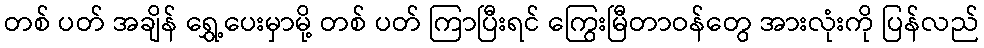
တစ် ပတ် အချိန် ရွှေ့ပေးမှာမို့ တစ် ပတ် ကြာပြီးရင် ကြွေးမြီတာဝန်တွေ အားလုံးကို ပြန်လည်